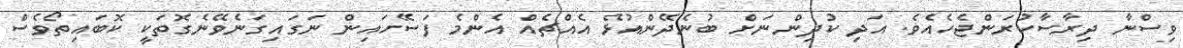
ވިސްނާ ދިރާސާކުރަންޖެހެއެވެ. އަދި ކުދިންނަށް ބުނެދޭންއުޅޭ އެއްޗެއް އެންމެ ފަސޭހައިން ނަގައިގަނެވޭނެގޮތަކީ ކޮބައިތޯވެސް